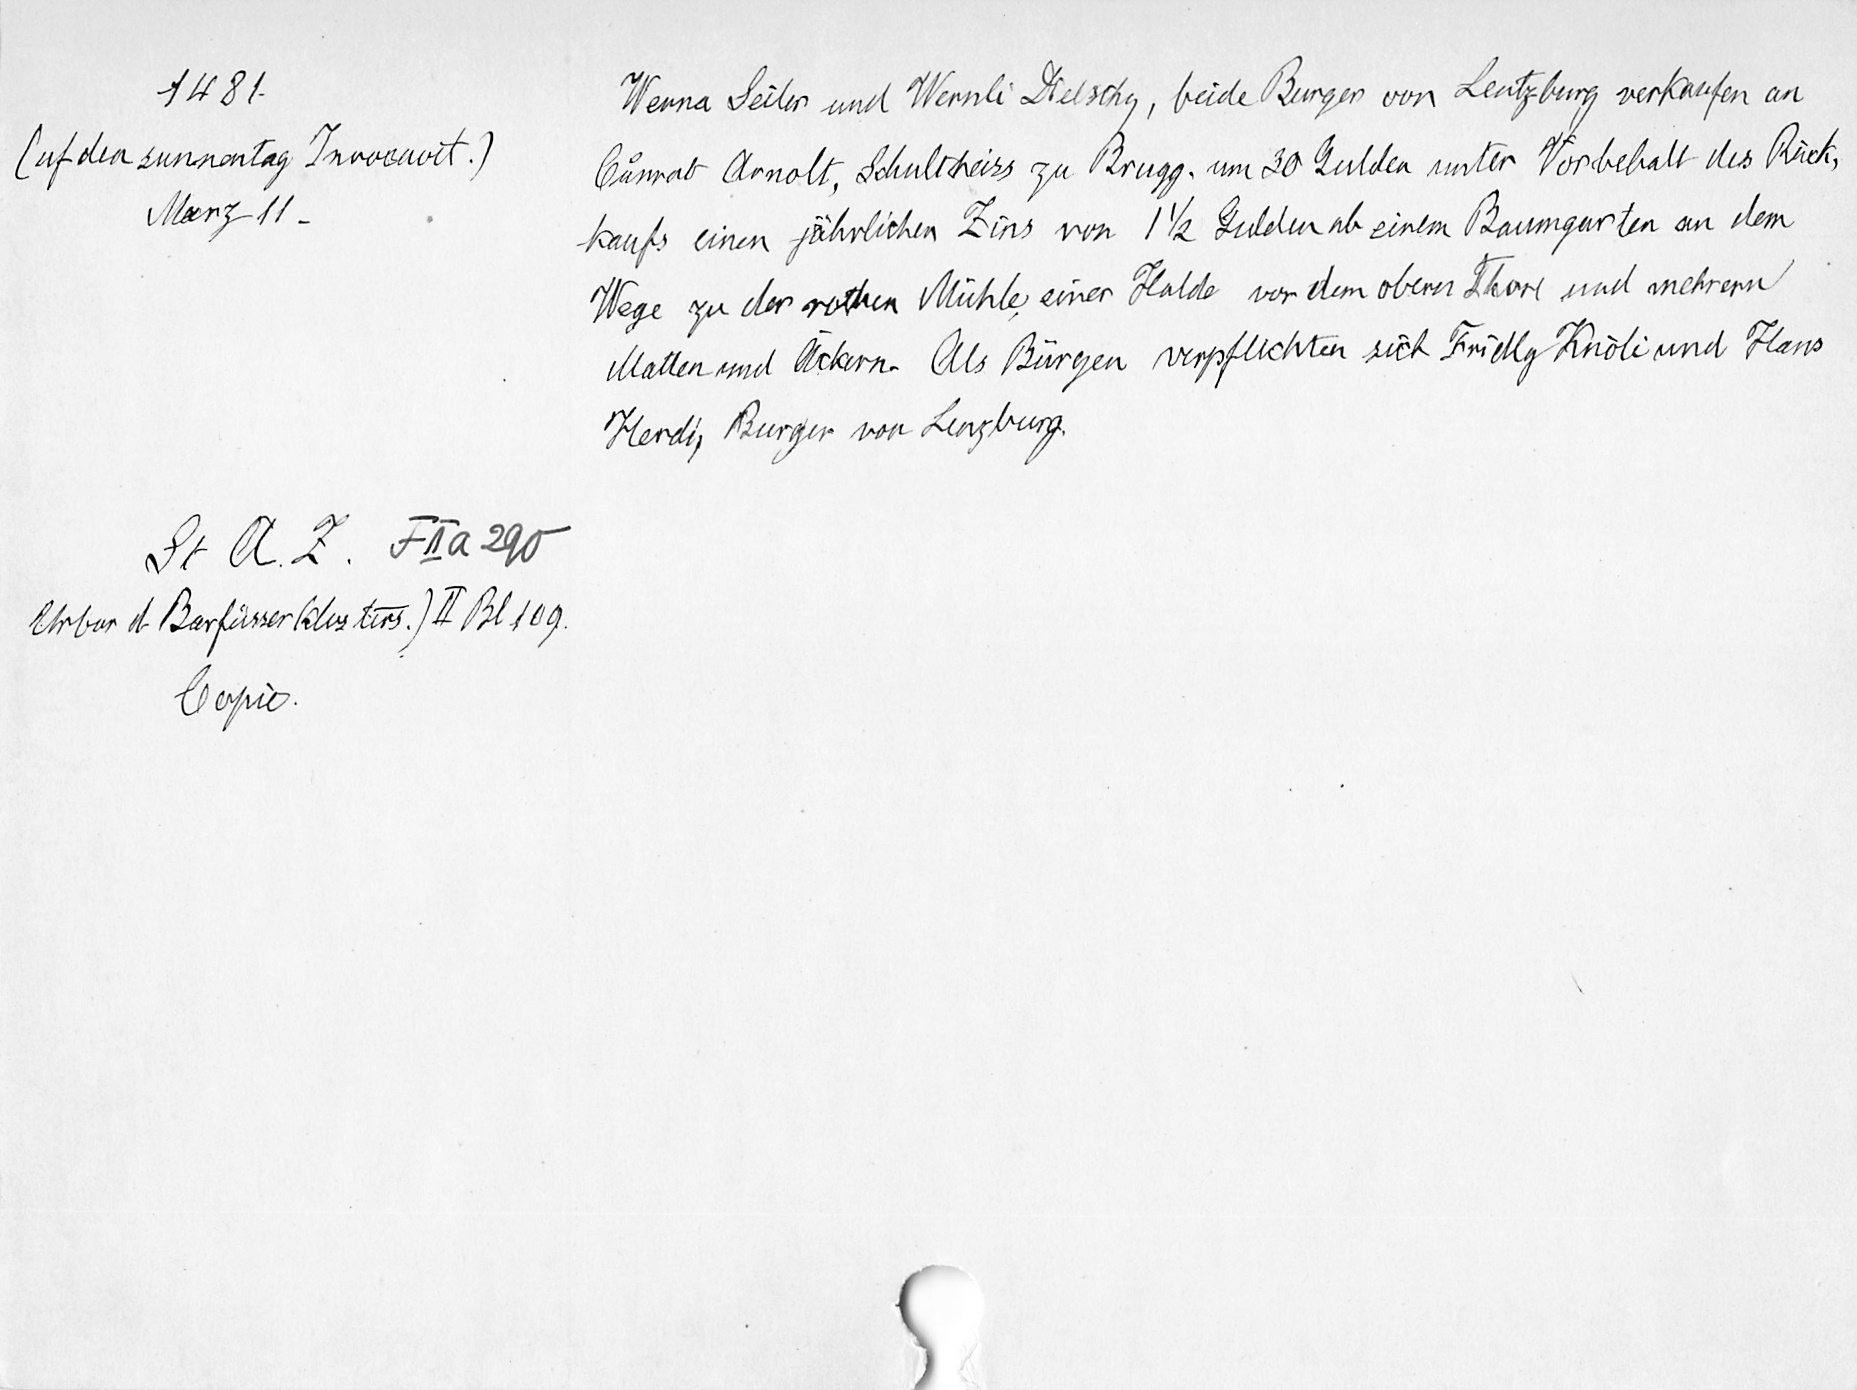
1481.
(uf den sunnentag Invocavit.)
Merz 11.
St. A. Z. F II a 290
Urbar d. Barfüsserklosters ) II Bl 109
Copie.

Werna Seiler und Wernli Dielschg, beide Burger von Lentzburg verkaufen an
Cuͦnrat Arnolt, Schultheiss zu Brugg, um 30 Gulden unter Vorbehalt des Rück¬
kaufs einen jährlichen Zins von 1 1/2 Gulden ab einem Baumgarten an dem
Wege zu der rothen Mühle, einer Halde vor dem obern Thore und mehrern
Matten und Äckern. Als Bürgen verpflichten sich Fridly Knöli und Hans
Herdi, Burger von Lenzburg.